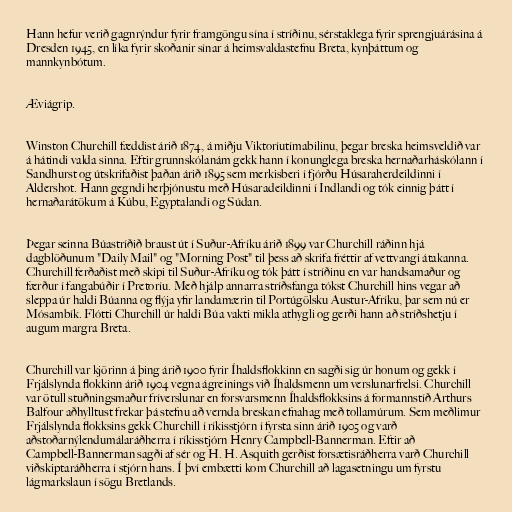
Hann hefur verið gagnrýndur fyrir framgöngu sína í stríðinu, sérstaklega fyrir sprengjuárásina á
Dresden 1945, en líka fyrir skoðanir sínar á heimsvaldastefnu Breta, kynþáttum og
mannkynbótum.

Æviágrip.

Winston Churchill fæddist árið 1874, á miðju Viktoríutímabilinu, þegar breska heimsveldið var
á hátindi valda sinna. Eftir grunnskólanám gekk hann í konunglega breska hernaðarháskólann í
Sandhurst og útskrifaðist þaðan árið 1895 sem merkisberi í fjórðu Húsaraherdeildinni í
Aldershot. Hann gegndi herþjónustu með Húsaradeildinni í Indlandi og tók einnig þátt í
hernaðarátökum á Kúbu, Egyptalandi og Súdan.

Þegar seinna Búastríðið braust út í Suður-Afríku árið 1899 var Churchill ráðinn hjá
dagblöðunum "Daily Mail" og "Morning Post" til þess að skrifa fréttir af vettvangi átakanna.
Churchill ferðaðist með skipi til Suður-Afríku og tók þátt í stríðinu en var handsamaður og
færður í fangabúðir í Pretoríu. Með hjálp annarra stríðsfanga tókst Churchill hins vegar að
sleppa úr haldi Búanna og flýja yfir landamærin til Portúgölsku Austur-Afríku, þar sem nú er
Mósambík. Flótti Churchill úr haldi Búa vakti mikla athygli og gerði hann að stríðshetju í
augum margra Breta.

Churchill var kjörinn á þing árið 1900 fyrir Íhaldsflokkinn en sagði sig úr honum og gekk í
Frjálslynda flokkinn árið 1904 vegna ágreinings við Íhaldsmenn um verslunarfrelsi. Churchill
var ötull stuðningsmaður fríverslunar en forsvarsmenn Íhaldsflokksins á formannstíð Arthurs
Balfour aðhylltust frekar þá stefnu að vernda breskan efnahag með tollamúrum. Sem meðlimur
Frjálslynda flokksins gekk Churchill í ríkisstjórn í fyrsta sinn árið 1905 og varð
aðstoðarnýlendumálaráðherra í ríkisstjórn Henry Campbell-Bannerman. Eftir að
Campbell-Bannerman sagði af sér og H. H. Asquith gerðist forsætisráðherra varð Churchill
viðskiptaráðherra í stjórn hans. Í því embætti kom Churchill að lagasetningu um fyrstu
lágmarkslaun í sögu Bretlands.